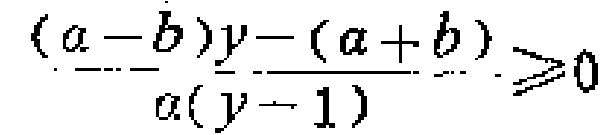
\frac{(a - b)y-(a + b)}{a(y - 1)}\geq0